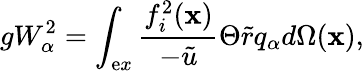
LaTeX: gW_{\alpha}^{2}=\int_{\mathrm{e}x}\frac{{f_{i}^{2}(\mathbf{{x}})}}{{-\tilde{{u}}}}\Theta\tilde{{r}}q_{\alpha}d\Omega(\mathbf{{x}}),